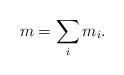
LaTeX: \begin{align*}m=\sum_i m_i.\end{align*}